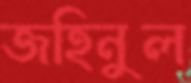
জহিনুল